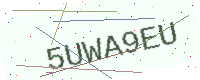
Text: 5UWA9EU